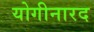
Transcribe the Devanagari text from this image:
योगीनारद